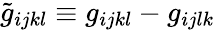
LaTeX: \tilde{g}_{ijkl}\equiv g_{ijkl}-g_{ijlk}